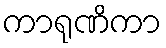
ကာရုဏိကာ